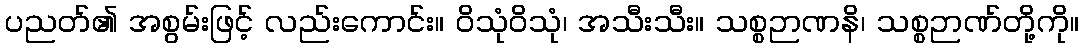
ပညတ်၏ အစွမ်းဖြင့် လည်းကောင်း။ ဝိသုံဝိသုံ၊ အသီးသီး။ သစ္စဉာဏနိ၊ သစ္စဉာဏ်တို့ကို။